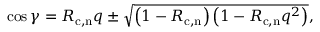
\cos \gamma = R _ { \mathrm { c , n } } q \pm \sqrt { \left( 1 - R _ { \mathrm { c , n } } \right) \left( 1 - R _ { \mathrm { c , n } } q ^ { 2 } \right) } ,